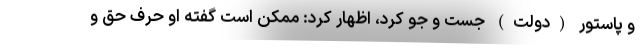
و پاستور (دولت) جست و جو کرد، اظهار کرد: ممکن است گفته او حرف حق و